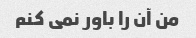
من آن را باور نمی کنم